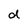
Character: d